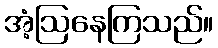
အံ့ဩနေကြသည်။